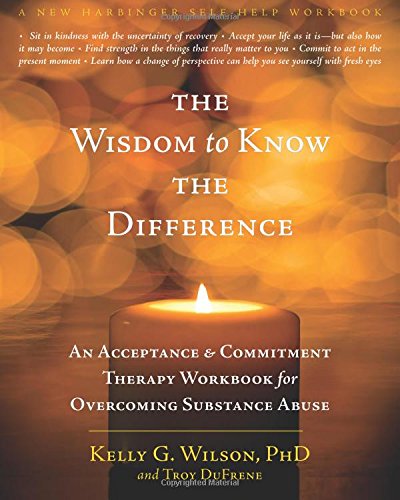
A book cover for The Wisdom to Know the Difference: An Acceptance and Commitment Therapy Workbook for Overcoming Substance Abuse (New Harbinger Self-Help Workbook); Kelly G. Wilson PhD; Health, Fitness & Dieting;